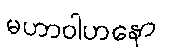
မဟာဝါဟနော